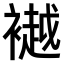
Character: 𫌐